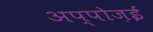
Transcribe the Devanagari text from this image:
अप्पोज़ई